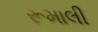
રૂમાલી